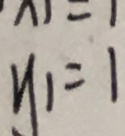
y _ { 1 } = 1